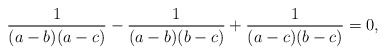
\begin{gather*}{1 \over (a-b)(a-c)}-{1 \over (a-b)(b-c)}+{1 \over (a-c)(b-c)}=0,\end{gather*}